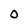
Character: 0